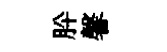
肸馨